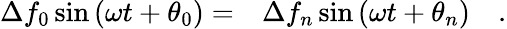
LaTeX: \begin{array}{rl}{\Delta f_{0}\sin{(\omega t+\theta_{0})}=}&{{}\Delta f_{n}\sin{(\omega t+\theta_{n})}}\end{array}\quad.